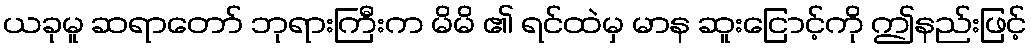
ယခုမူ ဆရာတော် ဘုရားကြီးက မိမိ ၏ ရင်ထဲမှ မာန ဆူးငြောင့်ကို ဤနည်းဖြင့်